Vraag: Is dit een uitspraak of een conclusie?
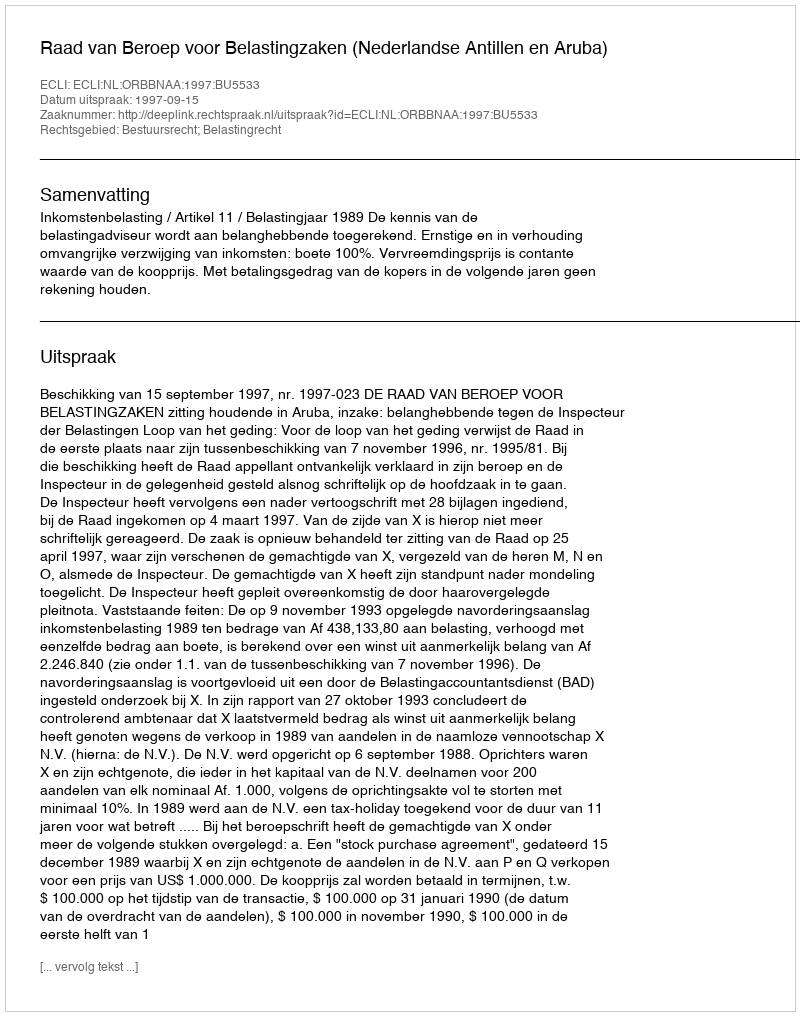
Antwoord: Uitspraak